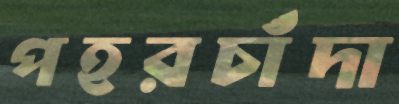
পহরচাঁদা